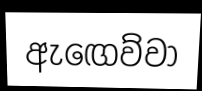
ඇඟෙව්වා